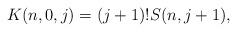
LaTeX: \begin{align*} K(n,0,j) = (j+1)!S(n,j+1),\end{align*}